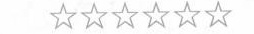
☆☆☆☆☆☆